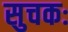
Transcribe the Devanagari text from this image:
सुचकः